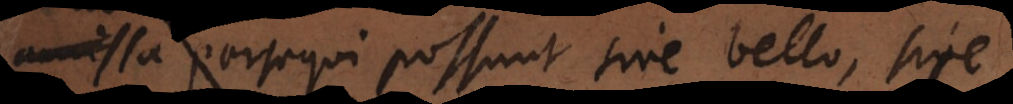
amissa persequi possunt sive bello, sive